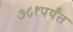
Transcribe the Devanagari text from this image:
७८१पर्यंत